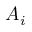
A _ { i }